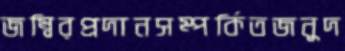
জম্বিরপ্রদানসম্পর্কিতজনুদ